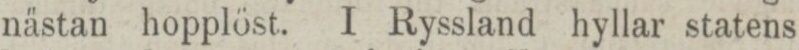
nästan hopplöst. I Ryssland hyllar statens